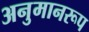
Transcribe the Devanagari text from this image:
अनुमानरूप